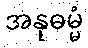
အနုဓမ္မံ